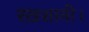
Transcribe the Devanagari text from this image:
रख़शानी।